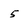
Character: 5